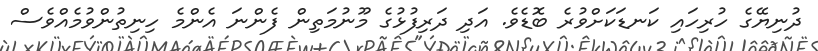
ދުނިޔޭގެ ހުރިހައި ކަނޑަކަށްވުރެ ބޮޑެވެ. އަދި ދަރިފުޅުގެ މޫނުމަތިން ފެންނަ އެންމެ ހިނިތުންވުމެއްވެސް